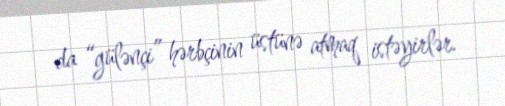
da “gülənçi” hərbçinin üstünə atmaq istəyirlər.